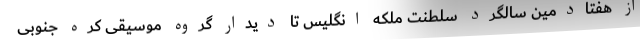
از هفتادمین سالگرد سلطنت ملکه انگلیس تا دیدار گروه موسیقی کره جنوبی